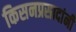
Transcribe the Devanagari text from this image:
किसनप्रसादांनी